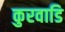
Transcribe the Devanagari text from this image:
कुरवाडि